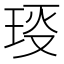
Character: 𤥙